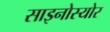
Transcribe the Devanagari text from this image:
साइनोस्योर